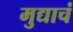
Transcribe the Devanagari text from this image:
मुद्याचं